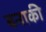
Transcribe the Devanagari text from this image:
बनाकी